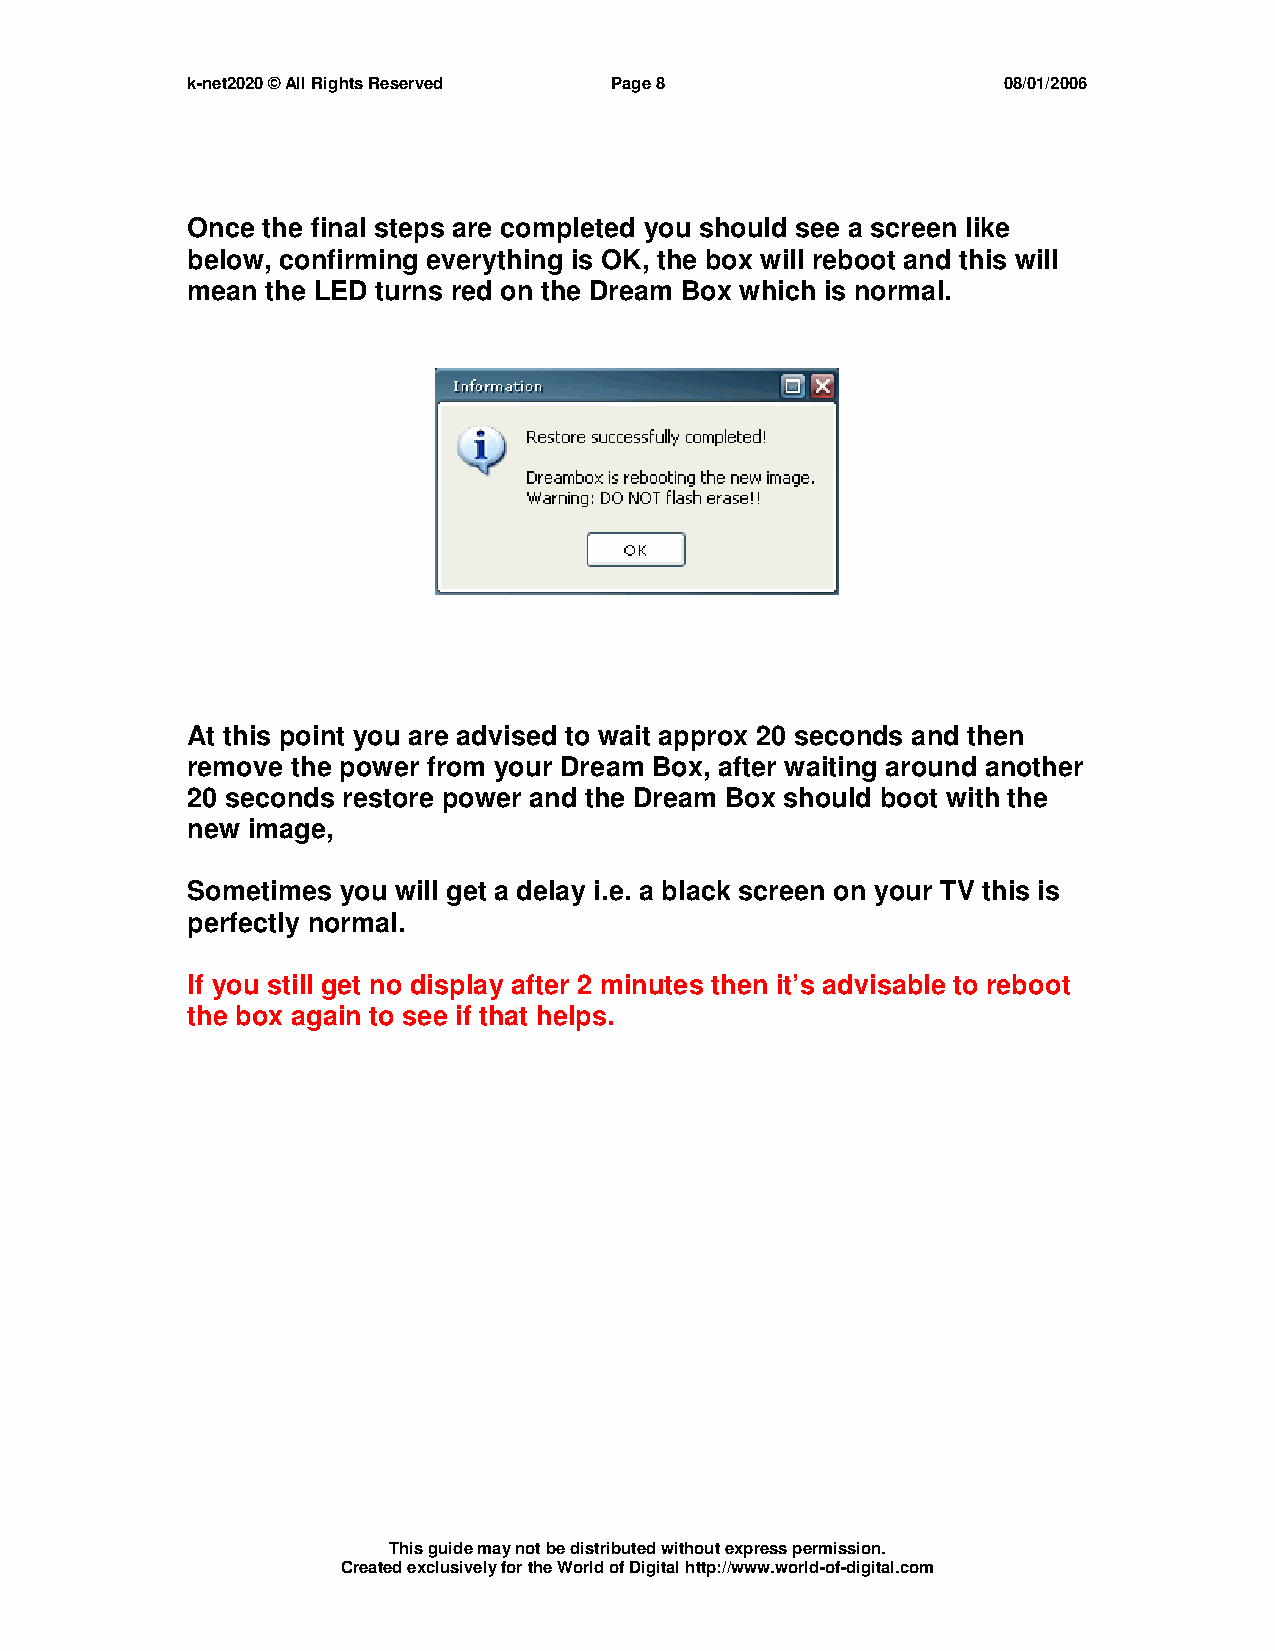
k-net2020 © All Rights Reserved Page 8                08/01/2006
 Once the final steps are completed you should see a screen like
 below, confirming everything is OK, the box will reboot and this will
 mean  the LED turns red on the Dream Box which is normal.
 At this point you are advised to wait approx 20 seconds and then
 remove the power from your Dream Box, after waiting around another
 20 seconds restore power and the Dream Box should boot with the
 new image,
 Sometimes you will get a delay i.e. a black screen on your TV this is
 perfectly normal.
 If you still get no display after 2 minutes then it’s advisable to reboot
 the box again to see if that helps.
 This guide may not be distributed without express permission.
 Created exclusively for the World of Digital http://www.world-of-digital.com